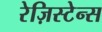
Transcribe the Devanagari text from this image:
रेज़िस्टेन्स